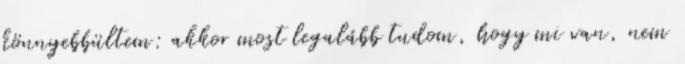
könnyebbültem: akkor most legalább tudom, hogy mi van, nem